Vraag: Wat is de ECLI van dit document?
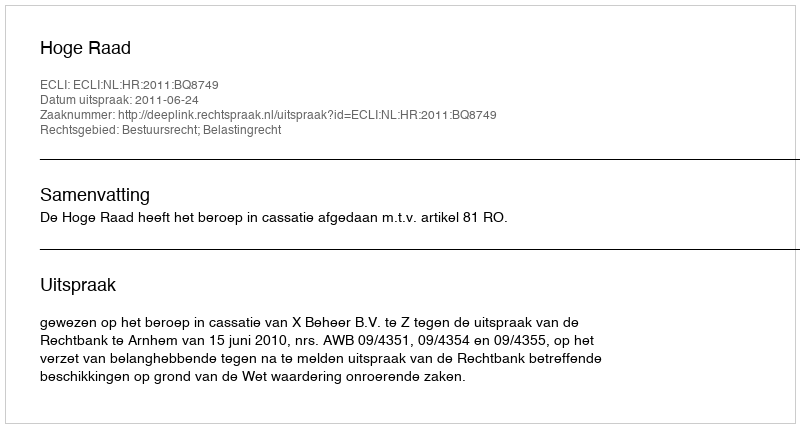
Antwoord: ECLI:NL:HR:2011:BQ8749